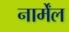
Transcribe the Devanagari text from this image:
नार्मेंल